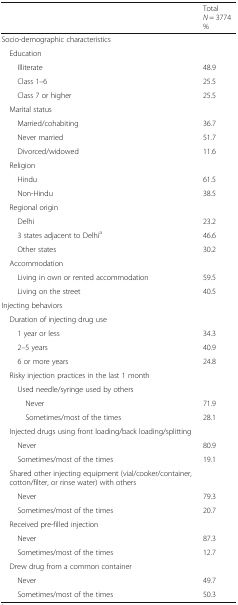
<table><thead><tr><td></td><td><b>Total<i>N</i> = 3774%</b></td></tr></thead><tbody><tr><td colspan="2">Socio-demographic characteristics</td></tr><tr><td colspan="2"> Education</td></tr><tr><td>Illiterate</td><td>48.9</td></tr><tr><td>Class 1–6</td><td>25.5</td></tr><tr><td>Class 7 or higher</td><td>25.5</td></tr><tr><td colspan="2"> Marital status</td></tr><tr><td>Married/cohabiting</td><td>36.7</td></tr><tr><td>Never married</td><td>51.7</td></tr><tr><td>Divorced/widowed</td><td>11.6</td></tr><tr><td colspan="2"> Religion</td></tr><tr><td>Hindu</td><td>61.5</td></tr><tr><td>Non-Hindu</td><td>38.5</td></tr><tr><td colspan="2"> Regional origin</td></tr><tr><td>Delhi</td><td>23.2</td></tr><tr><td>3 states adjacent to Delhi<sup>a</sup></td><td>46.6</td></tr><tr><td>Other states</td><td>30.2</td></tr><tr><td colspan="2"> Accommodation</td></tr><tr><td>Living in own or rented accommodation</td><td>59.5</td></tr><tr><td>Living on the street</td><td>40.5</td></tr><tr><td colspan="2">Injecting behaviors</td></tr><tr><td colspan="2"> Duration of injecting drug use</td></tr><tr><td>1 year or less</td><td>34.3</td></tr><tr><td>2–5 years</td><td>40.9</td></tr><tr><td>6 or more years</td><td>24.8</td></tr><tr><td colspan="2"> Risky injection practices in the last 1 month</td></tr><tr><td colspan="2">Used needle/syringe used by others</td></tr><tr><td>Never</td><td>71.9</td></tr><tr><td>Sometimes/most of the times</td><td>28.1</td></tr><tr><td colspan="2"> Injected drugs using front loading/back loading/splitting</td></tr><tr><td>Never</td><td>80.9</td></tr><tr><td>Sometimes/most of the times</td><td>19.1</td></tr><tr><td colspan="2"> Shared other injecting equipment (vial/cooker/container, cotton/filter, or rinse water) with others</td></tr><tr><td>Never</td><td>79.3</td></tr><tr><td>Sometimes/most of the times</td><td>20.7</td></tr><tr><td colspan="2"> Received pre-filled injection </td></tr><tr><td>Never</td><td>87.3</td></tr><tr><td>Sometimes/most of the times</td><td>12.7</td></tr><tr><td colspan="2"> Drew drug from a common container</td></tr><tr><td>Never</td><td>49.7</td></tr><tr><td>Sometimes/most of the times</td><td>50.3</td></tr></tbody></table>